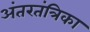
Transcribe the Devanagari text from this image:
अंतरतंत्रिका